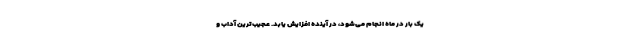
یک بار در ماه انجام می‌شود، در آینده افزایش یابد. عجیب‌ترین آداب و